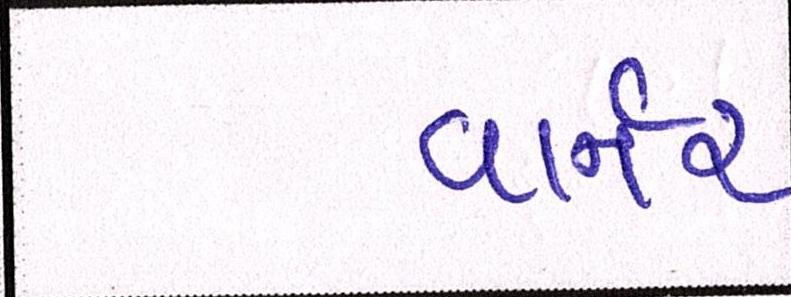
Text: વાર્નર